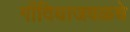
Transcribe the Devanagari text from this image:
गोंदियाजवळचे